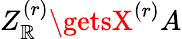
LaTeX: Z_{\mathbb{R}}^{(r)}\getsX^{(r)}A